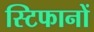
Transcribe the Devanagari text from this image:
स्टिफानों